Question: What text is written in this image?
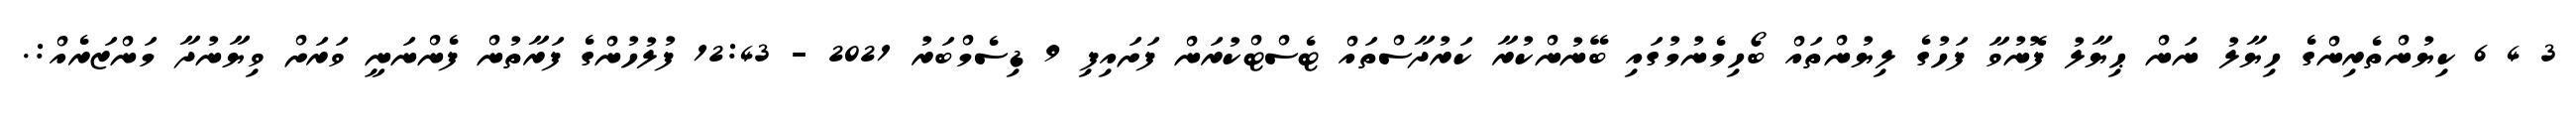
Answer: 3 4 6 ކިޔުންތެރިންގެ ހިޔާލު ނަން ޙިޔާލު ފޮނުވާ ފަހުގެ ލިޔުންތައް ބޯހިމެނުމުގައި ބޭނުންކުރާ ކަރުދާސްތައް ޓެސްޓްކުރަން ފަށައިފި 9 ޑިސެމްބަރު 2021 - 12:43 ފުލުހުންގެ ފަރާތުން ފެންނަނީ ވަރަށް ވިޔާނުދާ މަންޒަރެއް:.